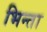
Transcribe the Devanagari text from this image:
भिन्ता